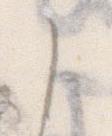
こ